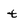
Character: t